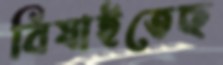
বিষাইতেছ